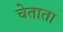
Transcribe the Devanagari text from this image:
चेताता